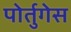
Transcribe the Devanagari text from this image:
पोर्तुगेस